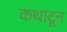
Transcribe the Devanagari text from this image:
कथाटून